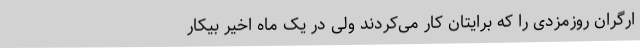
ارگران روزمزدی را که برایتان کار می‌کردند ولی در یک ماه اخیر بیکار